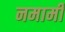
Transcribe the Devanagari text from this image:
नमामी